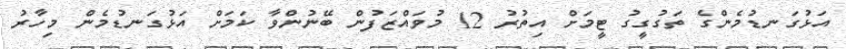
އަޅުގަނޑުމެންގެ ތަގުގީގު ޓީމަށް އިތުރު 12 މުވައްޒަފުން ބޭނުންވާ ކަމަށް އަޅުގަނޑުމެން މިހާރު